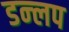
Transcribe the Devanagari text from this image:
डन्लप